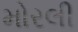
મોરલી